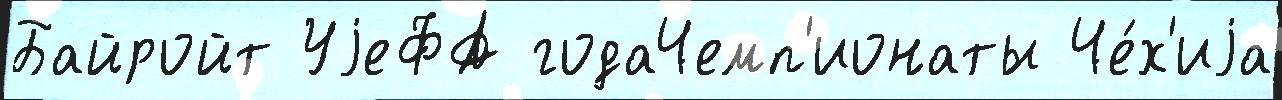
Байройт УjеФА годаЧемп'ионаты Че́х'иjа